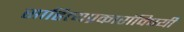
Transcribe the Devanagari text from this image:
साहित्यप्रकारांविषयी